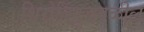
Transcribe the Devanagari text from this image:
शिरोबिंदूजवळील